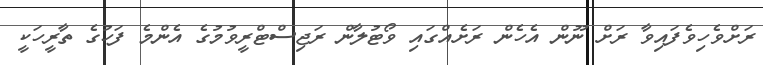
ރަށްވެހިވެފައިވާ ރަށް ނޫން އެހެން ރަށެއްގައި ވޯޓުލާން ރަޖިސްޓްރީވުމުގެ އެންމެ ފަހުގެ ތާރީހަކީ